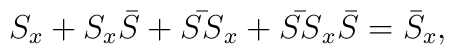
S_x + S_x \bar{S} + \bar{SS}_x + \bar{SS}_x \bar{S} = \bar{S}_x	,